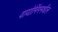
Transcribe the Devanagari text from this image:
वायोमिंगमधील